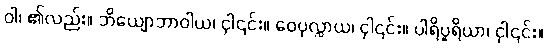
ဝါ၊ ၏လည်း။ ဘိယျောဘာဝါယ၊ ငှါ၎င်း။ ဝေပုလ္လာယ၊ ငှါ၎င်း။ ပါရိပူရိယာ၊ ငှါ၎င်း။